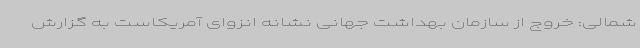
شمالی: خروج از سازمان بهداشت جهانی نشانه انزوای آمریکاست به گزارش